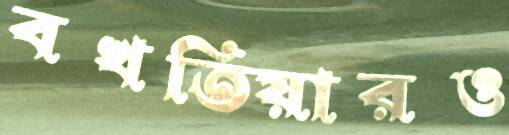
বখতিয়ারও